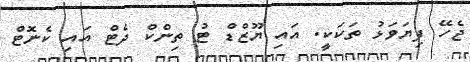
ޖެހޭ ފިޔަވަޅު ތަކަކީ. އައި ޔޫޒްޑް ޓު ތިންކް ދެޓް އައި ކެނޮޓް